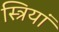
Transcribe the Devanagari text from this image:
स्‍त्रियां